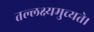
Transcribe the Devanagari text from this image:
तल्लक्ष्यमुच्यते।